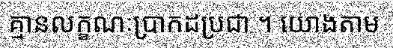
គ្មានលក្ខណៈប្រាកដប្រជា ។ យោងតាម